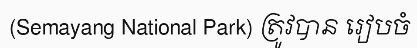
(Semayang National Park) ត្រូវបាន រៀបចំ